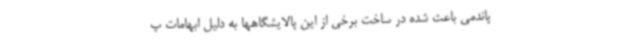
پاندمی باعث شده در ساخت برخی از این پالایشگاهها به دلیل ابهامات پ